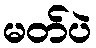
မတ်ပဲ